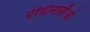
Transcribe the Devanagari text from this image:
पेरेग्रीनासाँओ